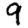
Digit: 9